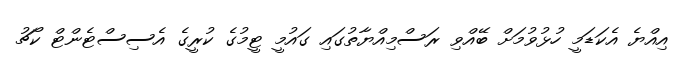
އިއްޔެ އެކަޑަމީ ހުޅުވުމަށް ބޭއްވި ރަސްމިއްޔާތުގައި ގައުމީ ޓީމުގެ ކުރީގެ އެސިސްޓެންޓް ކޯޗު